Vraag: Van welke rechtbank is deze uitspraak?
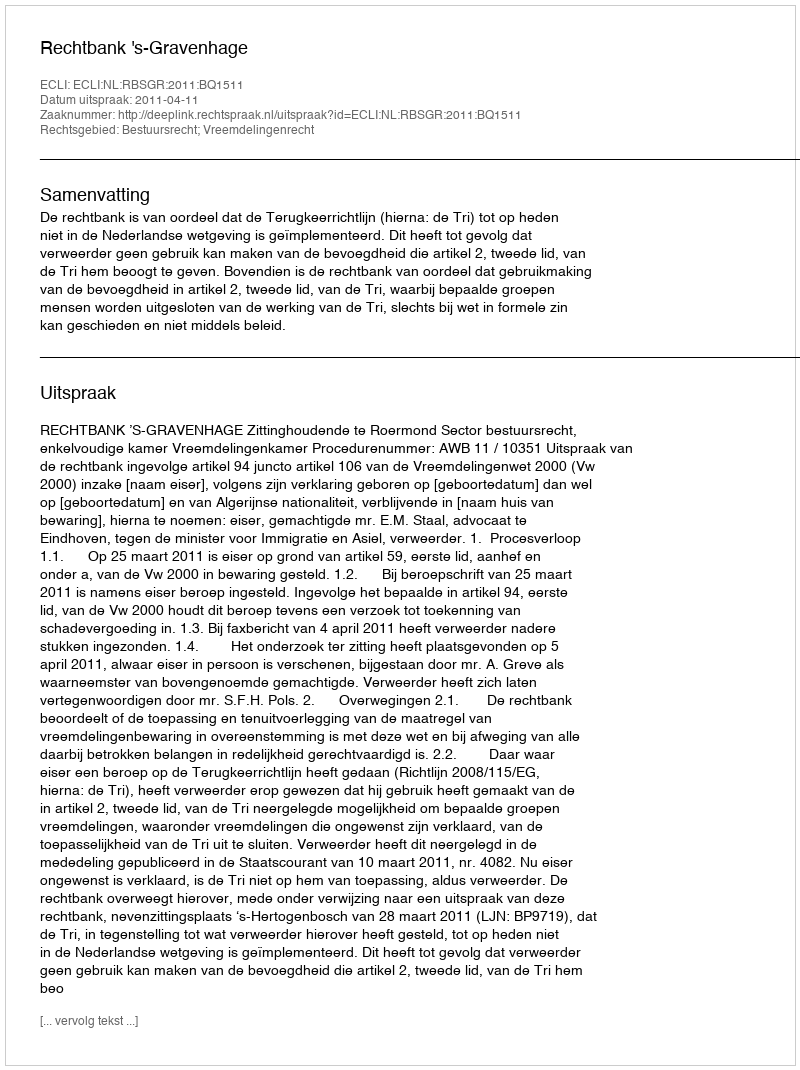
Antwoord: Rechtbank 's-Gravenhage